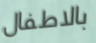
بالاطفال